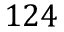
1 2 4